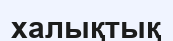
халықтық